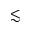
\lesssim